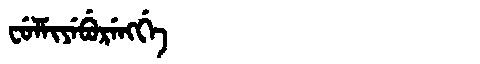
Manchu: ᠸᡠᠯᠮᡳᠶᡝᠪᡠᡵᡝᠩᡤᡝ
Romanization: FULMIYEBURENGGE